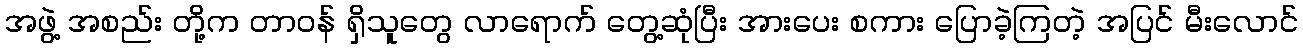
အဖွဲ့ အစည်း တို့က တာဝန် ရှိသူတွေ လာရောက် တွေ့ဆုံပြီး အားပေး စကား ပြောခဲ့ကြတဲ့ အပြင် မီးလောင်